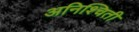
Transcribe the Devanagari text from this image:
अनिश्चिती